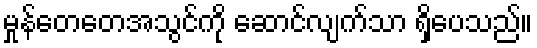
မှုန်တေတေအသွင်ကို ဆောင်လျက်သာ ရှိပေသည်။